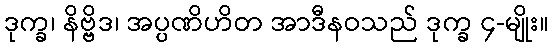
ဒုက္ခ၊ နိဗ္ဗိဒ၊ အပ္ပဏိဟိတ အာဒီနဝသည် ဒုက္ခ ၄-မျိုး။